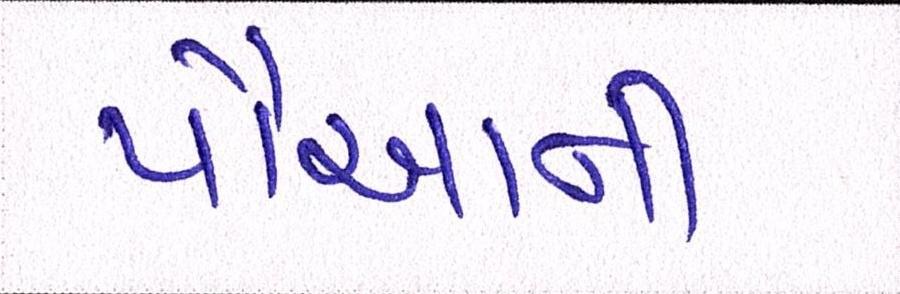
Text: પૌઆની